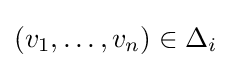
(v_{1},\dots ,v_{n})\in \Delta _{i}